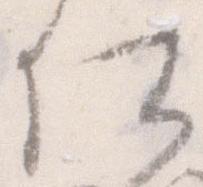
仕